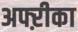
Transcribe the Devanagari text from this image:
अफ्ऱीका